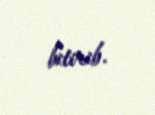
bitirib.